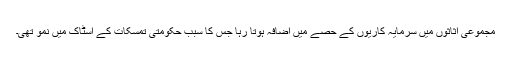
مجموعی اثاثوں میں سرمایہ کاریوں کے حصے میں اضافہ ہوتا رہا جس کا سبب حکومتی تمسکات کے اسٹاک میں نمو تھی۔